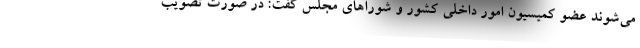
می‌شوند عضو کمیسیون امور داخلی کشور و شورا‌های مجلس گفت: در صورت تصویب